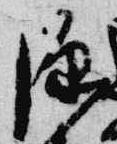
源